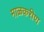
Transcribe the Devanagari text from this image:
माळकरीण